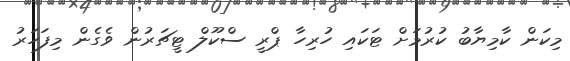
މިކަން ކާމިޔާބު ކުރުމަށް ޓަކައި ހުރިހާ ޕްރީ ސްކޫލް ޓީޗަރުން ވެގެން މިފަހަރު